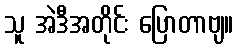
သူ အဲဒီအတိုင်း ပြောတာဗျ။